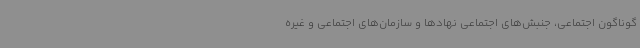
گوناگون اجتماعی، جنبش‌های اجتماعی نهادها و سازمان‌های اجتماعی و غیره